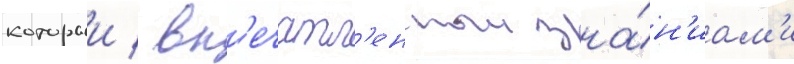
которыи / вп'ечатл'енныи зна́н'иам'и